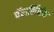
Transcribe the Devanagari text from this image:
पॅरालिंपीक